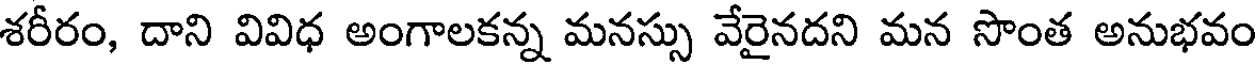
శరీరం, దాని వివిధ అంగాలకన్న మనస్సు వేరైనదని మన సొంత అనుభవం